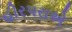
હીરપરાએ